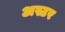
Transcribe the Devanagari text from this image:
अस्टर